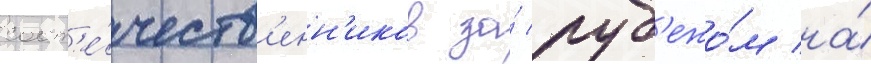
соот'е́честв'енн'иков за́ руб'ежо́м на́